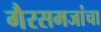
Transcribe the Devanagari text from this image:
गैरसमजांचा